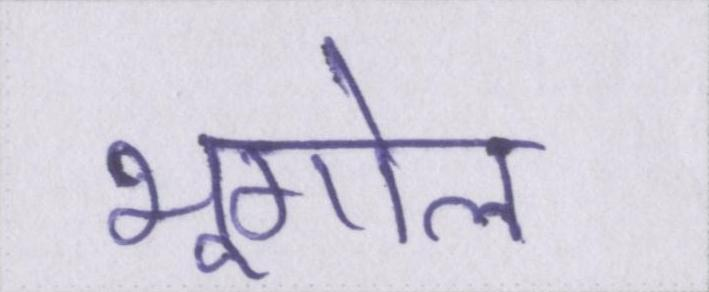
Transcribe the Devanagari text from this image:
भूगोल